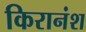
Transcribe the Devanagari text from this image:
किरानंश